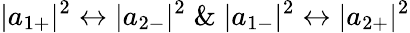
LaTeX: |a_{1+}|^{2}\leftrightarrow|a_{2-}|^{2}\; \& \; |a_{1-}|^{2}\leftrightarrow|a_{2+}|^{2}